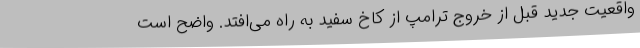
واقعیت جدید قبل از خروج ترامپ از کاخ سفید به راه می‌افتد. واضح است